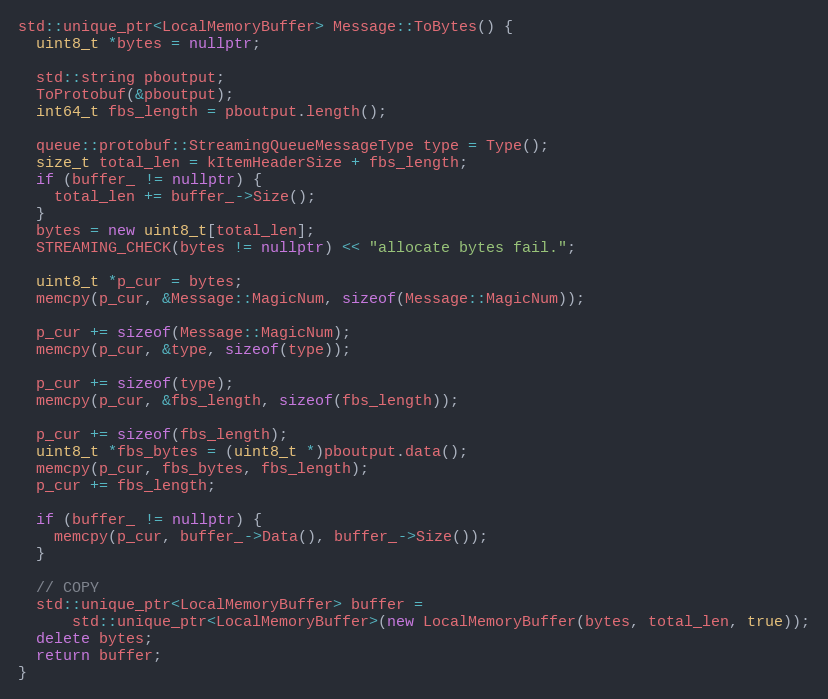
Language: C++
std::unique_ptr<LocalMemoryBuffer> Message::ToBytes() {
  uint8_t *bytes = nullptr;

  std::string pboutput;
  ToProtobuf(&pboutput);
  int64_t fbs_length = pboutput.length();

  queue::protobuf::StreamingQueueMessageType type = Type();
  size_t total_len = kItemHeaderSize + fbs_length;
  if (buffer_ != nullptr) {
    total_len += buffer_->Size();
  }
  bytes = new uint8_t[total_len];
  STREAMING_CHECK(bytes != nullptr) << "allocate bytes fail.";

  uint8_t *p_cur = bytes;
  memcpy(p_cur, &Message::MagicNum, sizeof(Message::MagicNum));

  p_cur += sizeof(Message::MagicNum);
  memcpy(p_cur, &type, sizeof(type));

  p_cur += sizeof(type);
  memcpy(p_cur, &fbs_length, sizeof(fbs_length));

  p_cur += sizeof(fbs_length);
  uint8_t *fbs_bytes = (uint8_t *)pboutput.data();
  memcpy(p_cur, fbs_bytes, fbs_length);
  p_cur += fbs_length;

  if (buffer_ != nullptr) {
    memcpy(p_cur, buffer_->Data(), buffer_->Size());
  }

  // COPY
  std::unique_ptr<LocalMemoryBuffer> buffer =
      std::unique_ptr<LocalMemoryBuffer>(new LocalMemoryBuffer(bytes, total_len, true));
  delete bytes;
  return buffer;
}